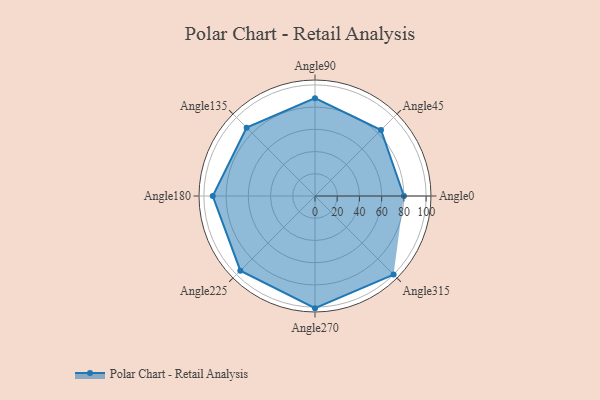
{"axis": {"x": "Angle", "y": "Radius"}, "legend": [""], "data": [{"x": "Angle0", "y": 80.0, "type": ""}, {"x": "Angle45", "y": 84.0, "type": ""}, {"x": "Angle90", "y": 88.0, "type": ""}, {"x": "Angle135", "y": 87.0, "type": ""}, {"x": "Angle180", "y": 92.0, "type": ""}, {"x": "Angle225", "y": 95.0, "type": ""}, {"x": "Angle270", "y": 101.0, "type": ""}, {"x": "Angle315", "y": 100.0, "type": ""}]}